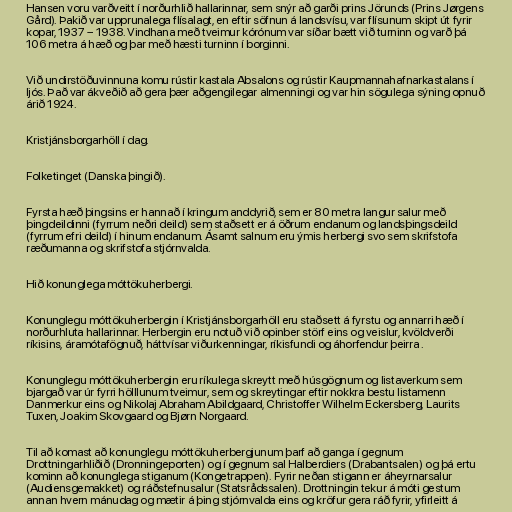
Hansen voru varðveitt í norðurhlið hallarinnar, sem snýr að garði prins Jörunds (Prins Jørgens
Gård). Þakið var upprunalega flísalagt, en eftir söfnun á landsvísu, var flísunum skipt út fyrir
kopar, 1937 – 1938. Vindhana með tveimur kórónum var síðar bætt við turninn og varð þá
106 metra á hæð og þar með hæsti turninn í borginni.

Við undirstöðuvinnuna komu rústir kastala Absalons og rústir Kaupmannahafnarkastalans í
ljós. Það var ákveðið að gera þær aðgengilegar almenningi og var hin sögulega sýning opnuð
árið 1924.

Kristjánsborgarhöll í dag.

Folketinget (Danska þingið).

Fyrsta hæð þingsins er hannað í kringum anddyrið, sem er 80 metra langur salur með
þingdeildinni (fyrrum neðri deild) sem staðsett er á öðrum endanum og landsþingsdeild
(fyrrum efri deild) í hinum endanum. Ásamt salnum eru ýmis herbergi svo sem skrifstofa
ræðumanna og skrifstofa stjórnvalda.

Hið konunglega móttökuherbergi.

Konunglegu móttökuherbergin í Kristjánsborgarhöll eru staðsett á fyrstu og annarri hæð í
norðurhluta hallarinnar. Herbergin eru notuð við opinber störf eins og veislur, kvöldverði
ríkisins, áramótafögnuð, háttvísar viðurkenningar, ríkisfundi og áhorfendur þeirra .

Konunglegu móttökuherbergin eru ríkulega skreytt með húsgögnum og listaverkum sem
bjargað var úr fyrri hölllunum tveimur, sem og skreytingar eftir nokkra bestu listamenn
Danmerkur eins og Nikolaj Abraham Abildgaard, Christoffer Wilhelm Eckersberg, Laurits
Tuxen, Joakim Skovgaard og Bjørn Norgaard.

Til að komast að konunglegu móttökuherbergjunum þarf að ganga í gegnum
Drottningarhliðið (Dronningeporten) og í gegnum sal Halberdiers (Drabantsalen) og þá ertu
kominn að konunglega stiganum (Kongetrappen). Fyrir neðan stigann er áheyrnarsalur
(Audiensgemakket) og ráðstefnusalur (Statsrådssalen). Drottningin tekur á móti gestum
annan hvern mánudag og mætir á þing stjórnvalda eins og kröfur gera ráð fyrir, yfirleitt á